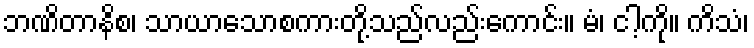
ဘဏိတာနိစ၊ သာယာသောစကားတို့သည်လည်းကောင်း။ မံ၊ ငါ့ကို။ ကိသံ၊